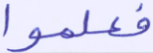
فعلموا